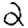
Digit: 2